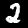
Label: 2